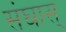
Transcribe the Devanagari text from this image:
संघास्